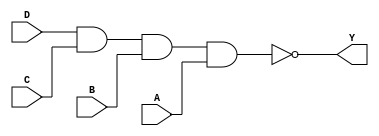
/*
 * Copyright 2020 The SkyWater PDK Authors
 *
 * Licensed under the Apache License, Version 2.0 (the "License");
 * you may not use this file except in compliance with the License.
 * You may obtain a copy of the License at
 *
 *     https://www.apache.org/licenses/LICENSE-2.0
 *
 * Unless required by applicable law or agreed to in writing, software
 * distributed under the License is distributed on an "AS IS" BASIS,
 * WITHOUT WARRANTIES OR CONDITIONS OF ANY KIND, either express or implied.
 * See the License for the specific language governing permissions and
 * limitations under the License.
 *
 * SPDX-License-Identifier: Apache-2.0
*/


`ifndef SKY130_FD_SC_LP__NAND4_BEHAVIORAL_V
`define SKY130_FD_SC_LP__NAND4_BEHAVIORAL_V

/**
 * nand4: 4-input NAND.
 *
 * Verilog simulation functional model.
 */

`timescale 1ns / 1ps
`default_nettype none

`celldefine
module sky130_fd_sc_lp__nand4 (
    Y,
    A,
    B,
    C,
    D
);

    // Module ports
    output Y;
    input  A;
    input  B;
    input  C;
    input  D;

    // Module supplies
    supply1 VPWR;
    supply0 VGND;
    supply1 VPB ;
    supply0 VNB ;

    // Local signals
    wire nand0_out_Y;

    //   Name   Output       Other arguments
    nand nand0 (nand0_out_Y, D, C, B, A     );
    buf  buf0  (Y          , nand0_out_Y    );

endmodule
`endcelldefine

`default_nettype wire
`endif  // SKY130_FD_SC_LP__NAND4_BEHAVIORAL_V